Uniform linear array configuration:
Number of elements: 64
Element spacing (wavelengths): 0.5
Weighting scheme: binomial
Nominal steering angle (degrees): -60
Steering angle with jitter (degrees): -60.506
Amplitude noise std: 0.05
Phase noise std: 0.05

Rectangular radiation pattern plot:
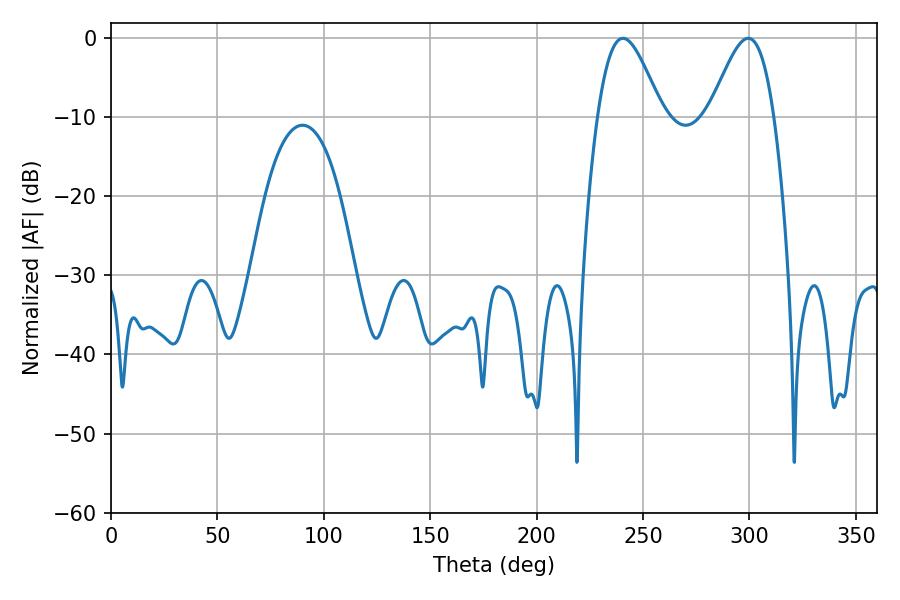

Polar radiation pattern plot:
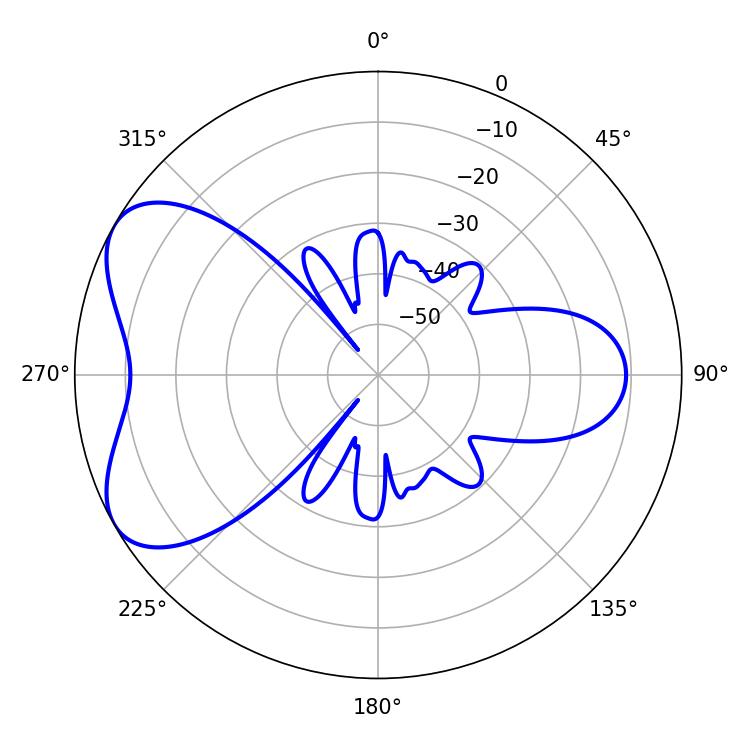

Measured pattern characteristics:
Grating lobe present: FALSE
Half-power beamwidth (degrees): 16.02
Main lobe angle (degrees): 299.52